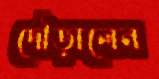
দৌড়ালেন